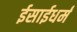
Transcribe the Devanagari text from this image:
ईसाईधर्मं